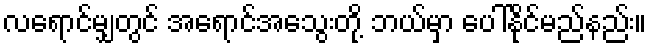
လရောင်မျှတွင် အရောင်အသွေးတို့ ဘယ်မှာ ပေါ်နိုင်မည်နည်း။